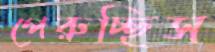
পেরুচ্ছিস